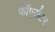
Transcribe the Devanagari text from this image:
फाॅएर्सटर